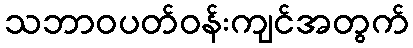
သဘာဝပတ်ဝန်းကျင်အတွက်